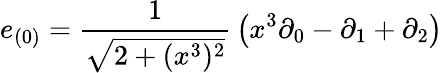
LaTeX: e_{(0)}={\frac{1}{\sqrt{2+(x^{3})^{2}}}}\left(x^{3}\partial_{0}-\partial_{1}+\partial_{2}\right)